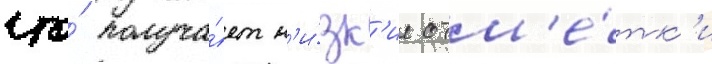
что́ получа́ет н'и́зк'ие отм'е́тк'и